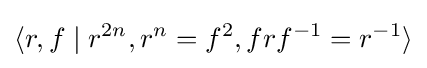
\langle r,f\mid r^{2n},r^{n}=f^{2},frf^{-1}=r^{-1}\rangle